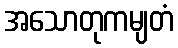
အသောတုကမျတံ